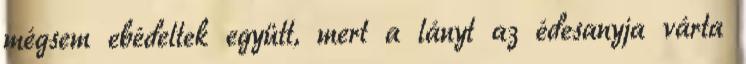
mégsem ebédeltek együtt, mert a lányt az édesanyja várta